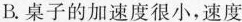
B.桌子的加速度很小，速度